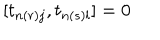
[ t _ { n ( r ) j } , t _ { n ( s ) l } ] = 0